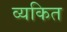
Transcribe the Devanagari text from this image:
व्‍यकित